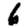
Digit: 6